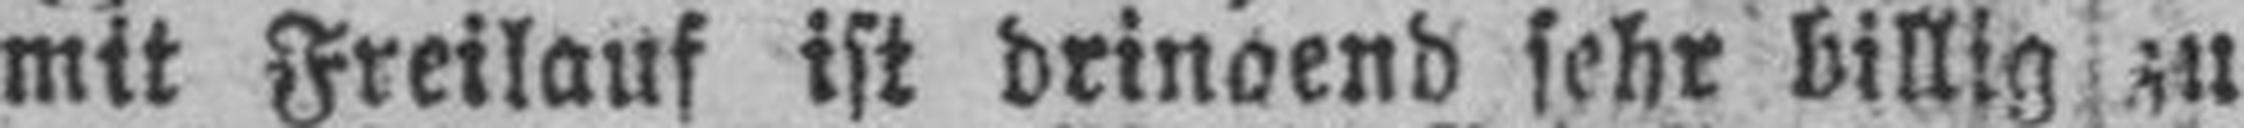
mit Freilauf ist dringend sehr billig zu